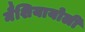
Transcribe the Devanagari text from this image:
मैशियायोली